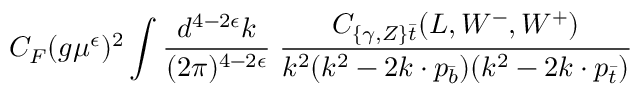
C _ { F } ( g \mu ^ { \epsilon } ) ^ { 2 } \int { \frac { d ^ { 4 - 2 \epsilon } k } { ( 2 \pi ) ^ { 4 - 2 \epsilon } } } \; { \frac { { \cal C } _ { \{ \gamma , Z \} \bar { t } } ( L , W ^ { - } , W ^ { + } ) } { k ^ { 2 } ( k ^ { 2 } - 2 k \cdot p _ { \bar { b } } ) ( k ^ { 2 } - 2 k \cdot p _ { \bar { t } } ) } }